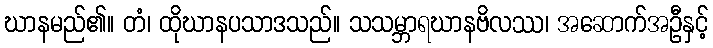
ဃာနမည်၏။ တံ၊ ထိုဃာနပသာဒသည်။ သသမ္ဘာရဃာနဗိလဿ၊ အဆောက်အဦနှင့်